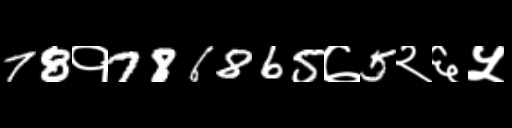
Text: 78१786865७5२६५